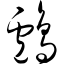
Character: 鸬